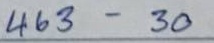
463 - 30